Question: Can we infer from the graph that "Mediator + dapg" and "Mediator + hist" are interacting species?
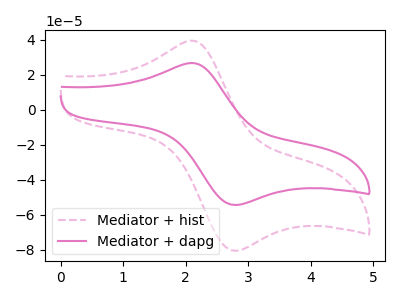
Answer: <think>The pink dashed curve "Mediator + hist" has an anodic peak at (2.10V, 39.30uA) and a cathodic peak at (2.80V, -80.60uA). The pink curve "Mediator + dapg" has an anodic peak at (2.10V, 26.55uA) and a cathodic peak at (2.80V, -54.45uA).
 All the peaks in "Mediator + dapg" have a peak in "Mediator + hist" at the same potential. Every peak in "Mediator + dapg" is lower than every peak in "Mediator + hist".</think>
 <answer>No, "Mediator + dapg" and "Mediator + hist" don't appear to be significantly different in shape</answer>
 <eval>no_change</eval>